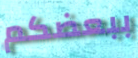
ببعضكم